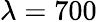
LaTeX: \lambda=700